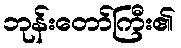
ဘုန်းတော်ကြီး၏